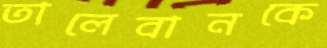
তালেবানকে